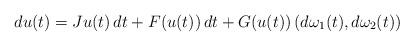
LaTeX: \begin{align*} du(t)=Ju(t)\,dt+F(u(t))\,dt+ G(u(t))\,(d\omega_1(t),d\omega_2(t)) \end{align*}